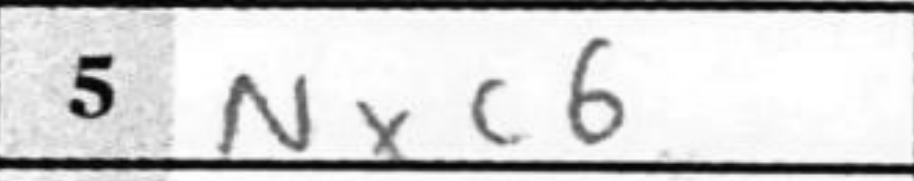
Transcription: Nxc6